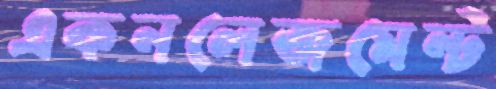
একনলেজমেন্ট